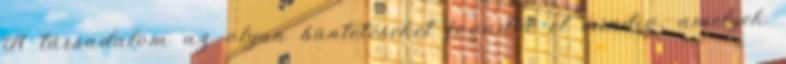
A társadalom az olyan büntetéseket fogadta el mindig, amelyek